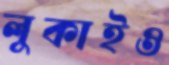
লুকাইও